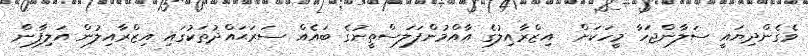
ވެގެންދިޔައީ ސަލާންޖަހާ މީހަކަށް  އިޒްރާއިލުގެ އާއްމުންފަލަސްތީނުގެ ބައެއް ސަރަޙައްދުތަކުގައި އިޒްރާއިލުން އަލިފާން